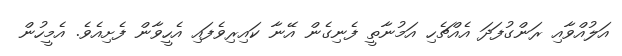
އަލުއްވާއި ރަންގުފަދަ އެއްޗެހި އަމުނާތީ ފެނިގެން އޭނާ ކައިރިވެފައި އެހީވާން ފެށިއެވެ. އެމީހުން